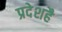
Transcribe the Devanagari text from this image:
प्रदेशहै